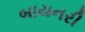
બાયનરી